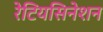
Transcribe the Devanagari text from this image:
रेटियसिनेशन